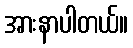
အားနာပါတယ်။